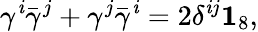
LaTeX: \gamma^{\mathit{i}}\bar{{\gamma}}^{j}+\gamma^{j}\bar{{\gamma}}^{\mathit{i}}=2\delta^{\mathit{i}j}{\mathbf{1}}_{8},